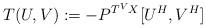
\begin{align*}T(U, V):=-P^{T^VX}[U^H, V^H]\end{align*}